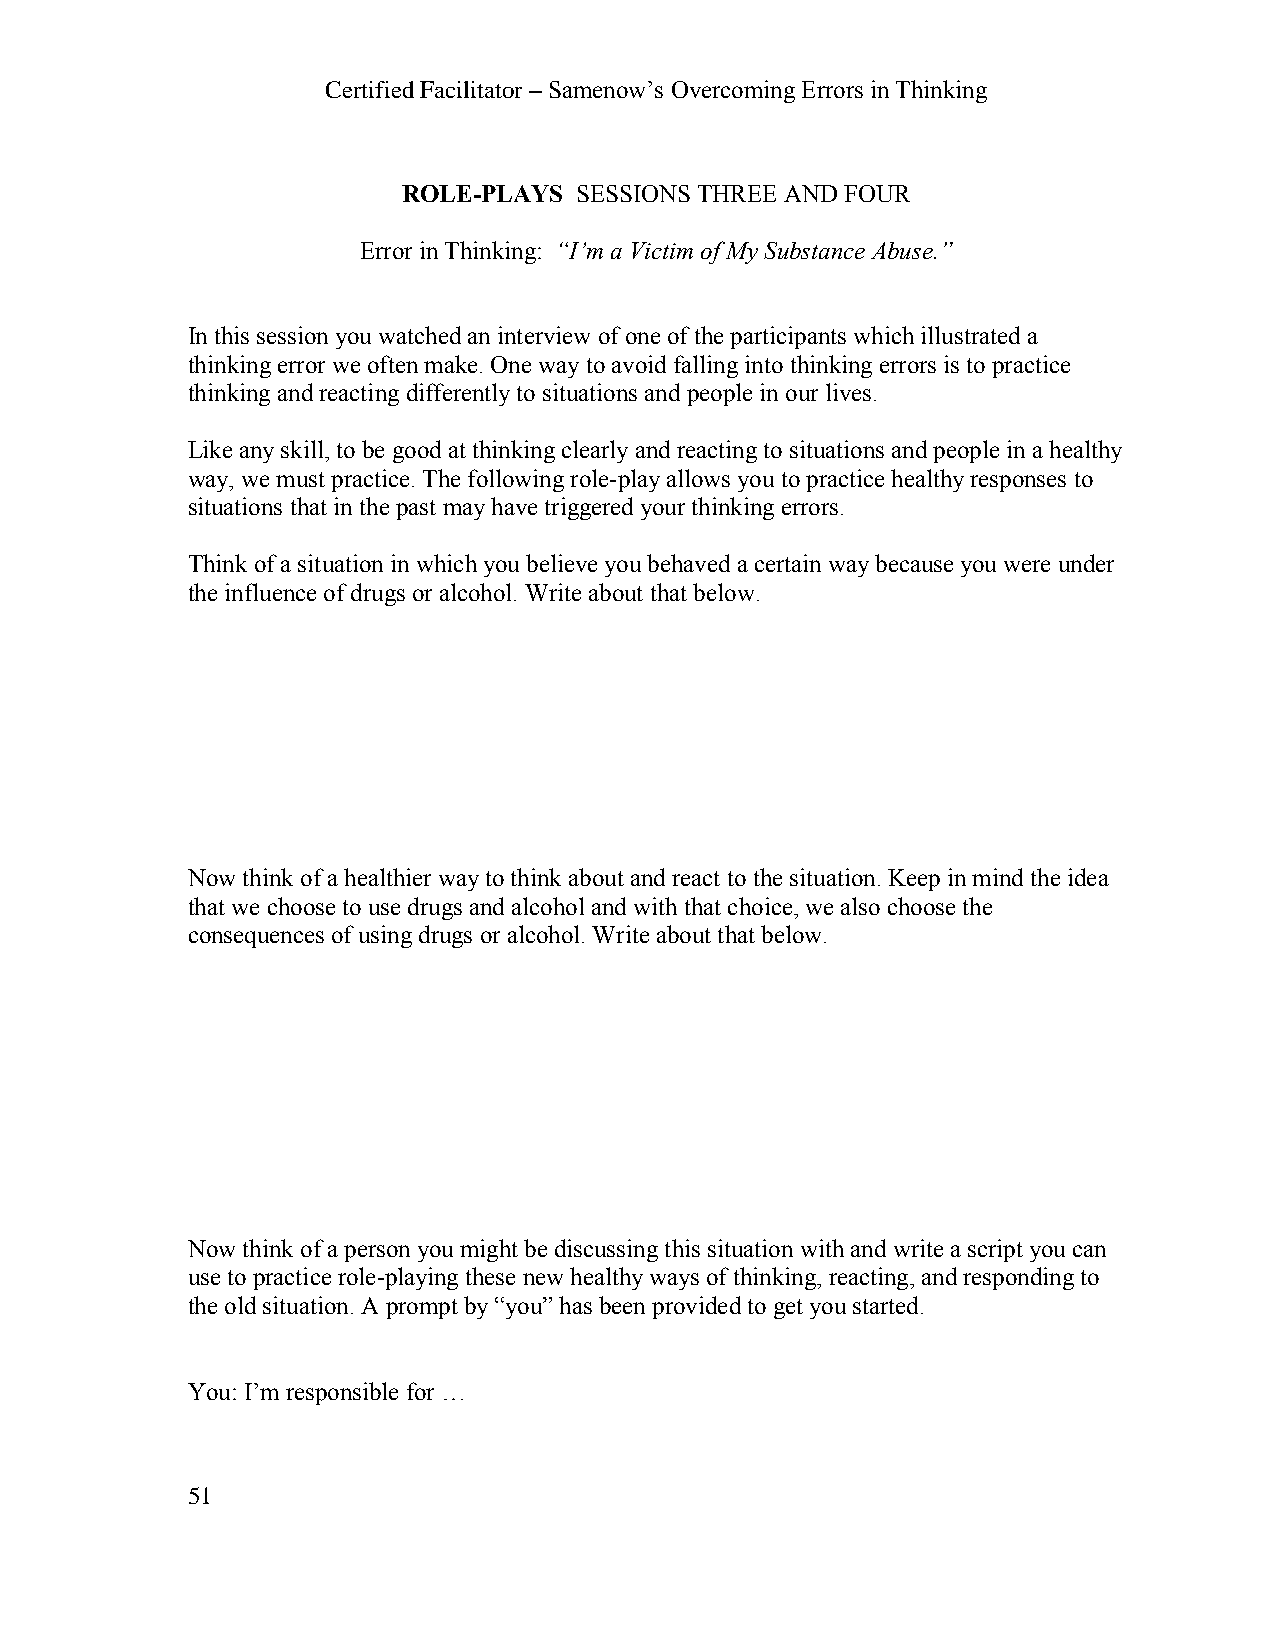
Certified Facilitator – Samenow’s Overcoming Errors in Thinking
 ROLE-PLAYS SESSIONS THREE AND FOUR
 Error in Thinking: “I’m a Victim of My Substance Abuse.”
 In this session you watched an interview of one of the participants which illustrated a
 thinking error we often make. One way to avoid falling into thinking errors is to practice
 thinking and reacting differently to situations and people in our lives.
 Like any skill, to be good at thinking clearly and reacting to situations and people in a healthy
 way, we must practice. The following role-play allows you to practice healthy responses to
 situations that in the past may have triggered your thinking errors.
 Think of a situation in which you believe you behaved a certain way because you were under
 the influence of drugs or alcohol. Write about that below.
 Now think of a healthier way to think about and react to the situation. Keep in mind the idea
 that we choose to use drugs and alcohol and with that choice, we also choose the
 consequences of using drugs or alcohol. Write about that below.
 Now think of a person you might be discussing this situation with and write a script you can
 use to practice role-playing these new healthy ways of thinking, reacting, and responding to
 the old situation. A prompt by “you” has been provided to get you started.
 You: I’m responsible for …
 51